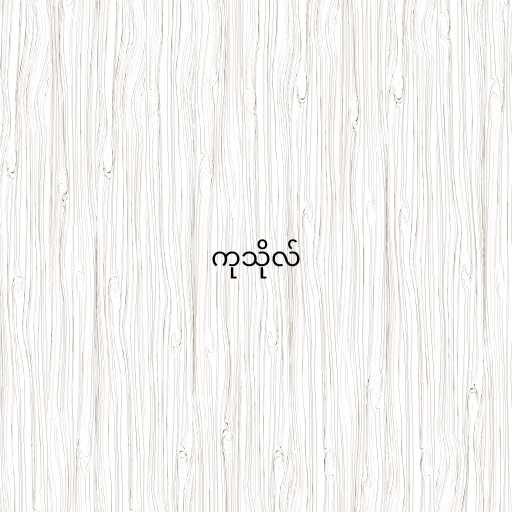
ကုသိုလ်